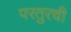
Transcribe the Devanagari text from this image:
परतुरची